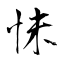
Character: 怽